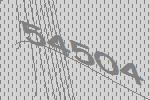
54504